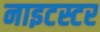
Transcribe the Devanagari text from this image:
नाइटस्टर